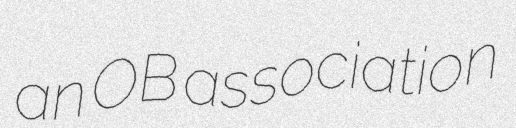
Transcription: an OB association